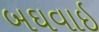
બઘવાઇ